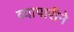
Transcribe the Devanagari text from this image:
व्यापारीने